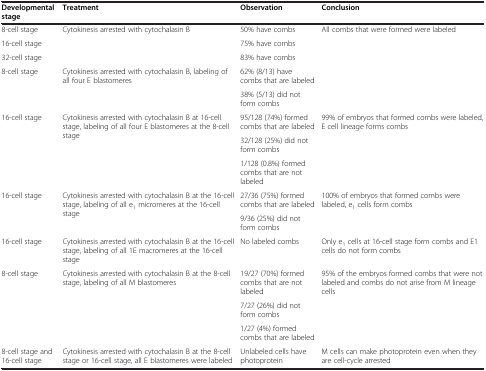
| Developmental stage | Treatment | Observation | Conclusion |
 | --- | --- | --- | --- |
 | 8-cell stage | <ROWSPAN=3> Cytokinesis arrested with cytochalasin B | 50% have combs | <ROWSPAN=5> All combs that were formed were labeled |
 | 16-cell stage | 75% have combs |
 | 32-cell stage | 83% have combs |
 | <ROWSPAN=2> 8-cell stage | <ROWSPAN=2> Cytokinesis arrested with cytochalasin B, labeling of all four E blastomeres | 62% (8/13) have combs that are labeled |
 | 38% (5/13) did not form combs |
 | <ROWSPAN=3> 16-cell stage | <ROWSPAN=3> Cytokinesis arrested with cytochalasin B at 16-cell stage, labeling of all four E blastomeres at the 8-cell stage | 95/128 (74%) formed combs that are labeled | <ROWSPAN=3> 99% of embryos that formed combs were labeled, E cell lineage forms combs |
 | 32/128 (25%) did not form combs |
 | 1/128 (0.8%) formed combs that are not labeled |
 | <ROWSPAN=2> 16-cell stage | <ROWSPAN=2> Cytokinesis arrested with cytochalasin B at the 16-cell stage, labeling of all e1 micromeres at the 16-cell stage | 27/36 (75%) formed combs that are labeled | <ROWSPAN=2> 100% of embryos that formed combs were labeled, e1 cells form combs |
 | 9/36 (25%) did not form combs |
 | 16-cell stage | Cytokinesis arrested with cytochalasin B at the 16-cell stage, labeling of all 1E macromeres at the 16-cell stage | No labeled combs | Only e1 cells at 16-cell stage form combs and E1 cells do not form combs |
 | <ROWSPAN=3> 8-cell stage | <ROWSPAN=3> Cytokinesis arrested with cytochalasin B at the 8-cell stage, labeling of all M blastomeres | 19/27 (70%) formed combs that are not labeled | <ROWSPAN=3> 95% of the embryos formed combs that were not labeled and combs do not arise from M lineage cells |
 | 7/27 (26%) did not form combs |
 | 1/27 (4%) formed combs that are labeled |
 | 8-cell stage and 16-cell stage | Cytokinesis arrested with cytochalasin B at the 8-cell stage or 16-cell stage, all E blastomeres were labeled | Unlabeled cells have photoprotein | M cells can make photoprotein even when they are cell-cycle arrested |